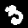
Label: 3